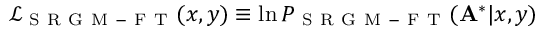
\mathcal { L } _ { \mathrm { ~ S ~ R ~ G ~ M ~ - ~ F ~ T ~ } } ( x , y ) \equiv \ln P _ { \mathrm { ~ S ~ R ~ G ~ M ~ - ~ F ~ T ~ } } ( \mathbf { A } ^ { * } | x , y )